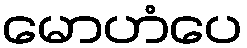
မောဟံပေ